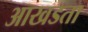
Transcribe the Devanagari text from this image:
आखडता